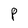
Character: P